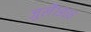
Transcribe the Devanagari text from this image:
जुलै१९०६